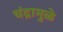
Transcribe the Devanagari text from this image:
चंद्रामुळे